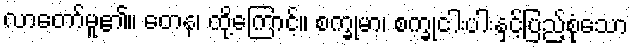
လာတော်မူ၏။ တေန၊ ထို့ကြောင့်။ စက္ခုမာ၊ စက္ခုငါးပါးနှင့်ပြည့်စုံသော